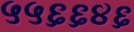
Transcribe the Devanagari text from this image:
५५६६४६